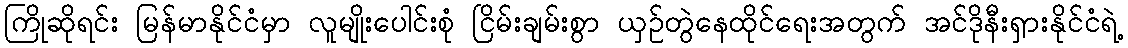
ကြိုဆိုရင်း မြန်မာနိုင်ငံမှာ လူမျိုးပေါင်းစုံ ငြိမ်းချမ်းစွာ ယှဉ်တွဲနေထိုင်ရေးအတွက် အင်ဒိုနီးရှားနိုင်ငံရဲ့